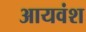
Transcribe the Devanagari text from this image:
आयवंश